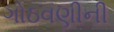
ગોઠવણીની